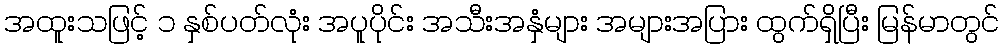
အထူးသဖြင့် ၁ နှစ်ပတ်လုံး အပူပိုင်း အသီးအနှံများ အများအပြား ထွက်ရှိပြီး မြန်မာတွင်